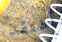
أعتقد